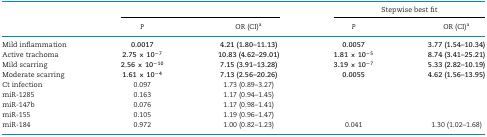
<table><thead><tr><td>[EMPTY_CELL]</td><td colspan="2">[EMPTY_CELL]</td><td colspan="2"><b>Stepwise best fit</b></td></tr></thead><tbody><tr><td>[EMPTY_CELL]</td><td><i>P</i></td><td>OR (CI)<sup>a</sup></td><td><i>P</i></td><td>OR (CI)<sup>a</sup></td></tr><tr><td>Mild inflammation</td><td><b>0.0017</b></td><td><b>4.21 (1.80–11.13)</b></td><td><b>0.0057</b></td><td><b>3.77 (1.54–10.34)</b></td></tr><tr><td>Active trachoma</td><td><b>2.75 × 10<sup>−</sup><sup>7</sup></b></td><td><b>10.83 (4.62–29.01)</b></td><td><b>1.81 × 10<sup>−</sup><sup>5</sup></b></td><td><b>8.74 (3.41–25.21)</b></td></tr><tr><td>Mild scarring</td><td><b>2.56 × 10<sup>−</sup><sup>10</sup></b></td><td><b>7.15 (3.91–13.28)</b></td><td><b>3.19 × 10<sup>−</sup><sup>7</sup></b></td><td><b>5.33 (2.82–10.19)</b></td></tr><tr><td>Moderate scarring</td><td><b>1.61 × 10<sup>−</sup><sup>4</sup></b></td><td><b>7.13 (2.56–20.26)</b></td><td><b>0.0055</b></td><td><b>4.62 (1.56–13.95)</b></td></tr><tr><td>Ct infection</td><td>0.097</td><td>1.73 (0.89–3.27)</td><td>[EMPTY_CELL]</td><td>[EMPTY_CELL]</td></tr><tr><td>miR-1285</td><td>0.163</td><td>1.17 (0.94–1.45)</td><td>[EMPTY_CELL]</td><td>[EMPTY_CELL]</td></tr><tr><td>miR-147b</td><td>0.076</td><td>1.17 (0.98–1.41)</td><td>[EMPTY_CELL]</td><td>[EMPTY_CELL]</td></tr><tr><td>miR-155</td><td>0.105</td><td>1.19 (0.96–1.47)</td><td>[EMPTY_CELL]</td><td>[EMPTY_CELL]</td></tr><tr><td>miR-184</td><td>0.972</td><td>1.00 (0.82–1.23)</td><td>0.041</td><td>1.30 (1.02–1.68)</td></tr></tbody></table>